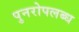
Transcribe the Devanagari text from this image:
पुनरोपलब्ध